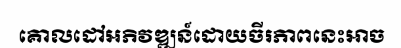
គោលដៅអភិវឌ្ឍន៍ដោយចីរភាពនេះអាច